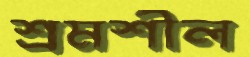
শ্রমশীল